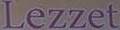
Lezzet